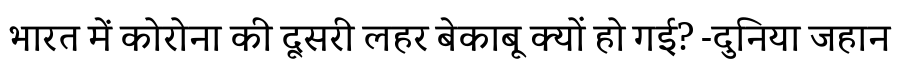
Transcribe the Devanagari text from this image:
भारत में कोरोना की दूसरी लहर बेकाबू क्यों हो गई? -दुनिया जहान